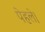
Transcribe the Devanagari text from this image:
पेहले।